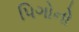
પિગોનો